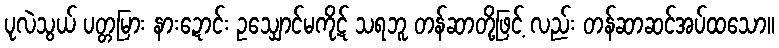
ပုလဲသွယ် ပတ္တမြား နားဍောင်း ဥသျှောင်မကိုဋ် သရဘူ တန်ဆာတို့ဖြင့် လည်း တန်ဆာဆင်အပ်ထသော။